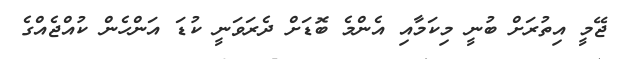
ޖޭމީ އިތުރަށް ބުނީ މިކަމާއި އެންމެ ބޮޑަށް ދެރަވަނީ ކުޑަ އަންހެން ކުއްޖެއްގެ